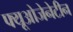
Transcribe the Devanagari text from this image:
फ्यूओजेनेटीन